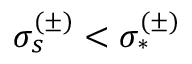
\sigma _ { s } ^ { ( \pm ) } < \sigma _ { * } ^ { ( \pm ) }